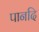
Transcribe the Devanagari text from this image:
पानदि